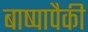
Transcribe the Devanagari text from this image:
बाष्पापैकी